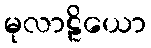
မုလာဠိယော